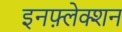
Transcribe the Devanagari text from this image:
इनफ़्लेक्शन